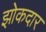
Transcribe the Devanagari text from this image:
झोकदार